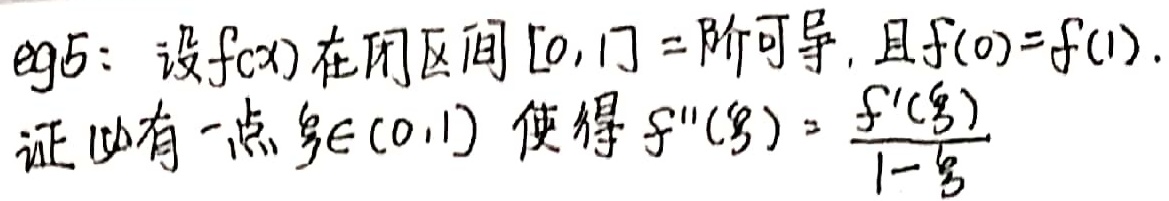
例5：设\(f(x)\)在闭区间\([0,1]\)二阶可导，且\(f(0)=f(1)\)。证必有一点\(\xi\in(0,1)\)，使得\(f''(\xi)=\frac{f'(\xi)}{1 - \xi}\)